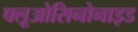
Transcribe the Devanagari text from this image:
फ्लूओसिनोनाइड